65_HS1-834228961_62-HQ-83894_Section_10
Agency: FBI
Page 35
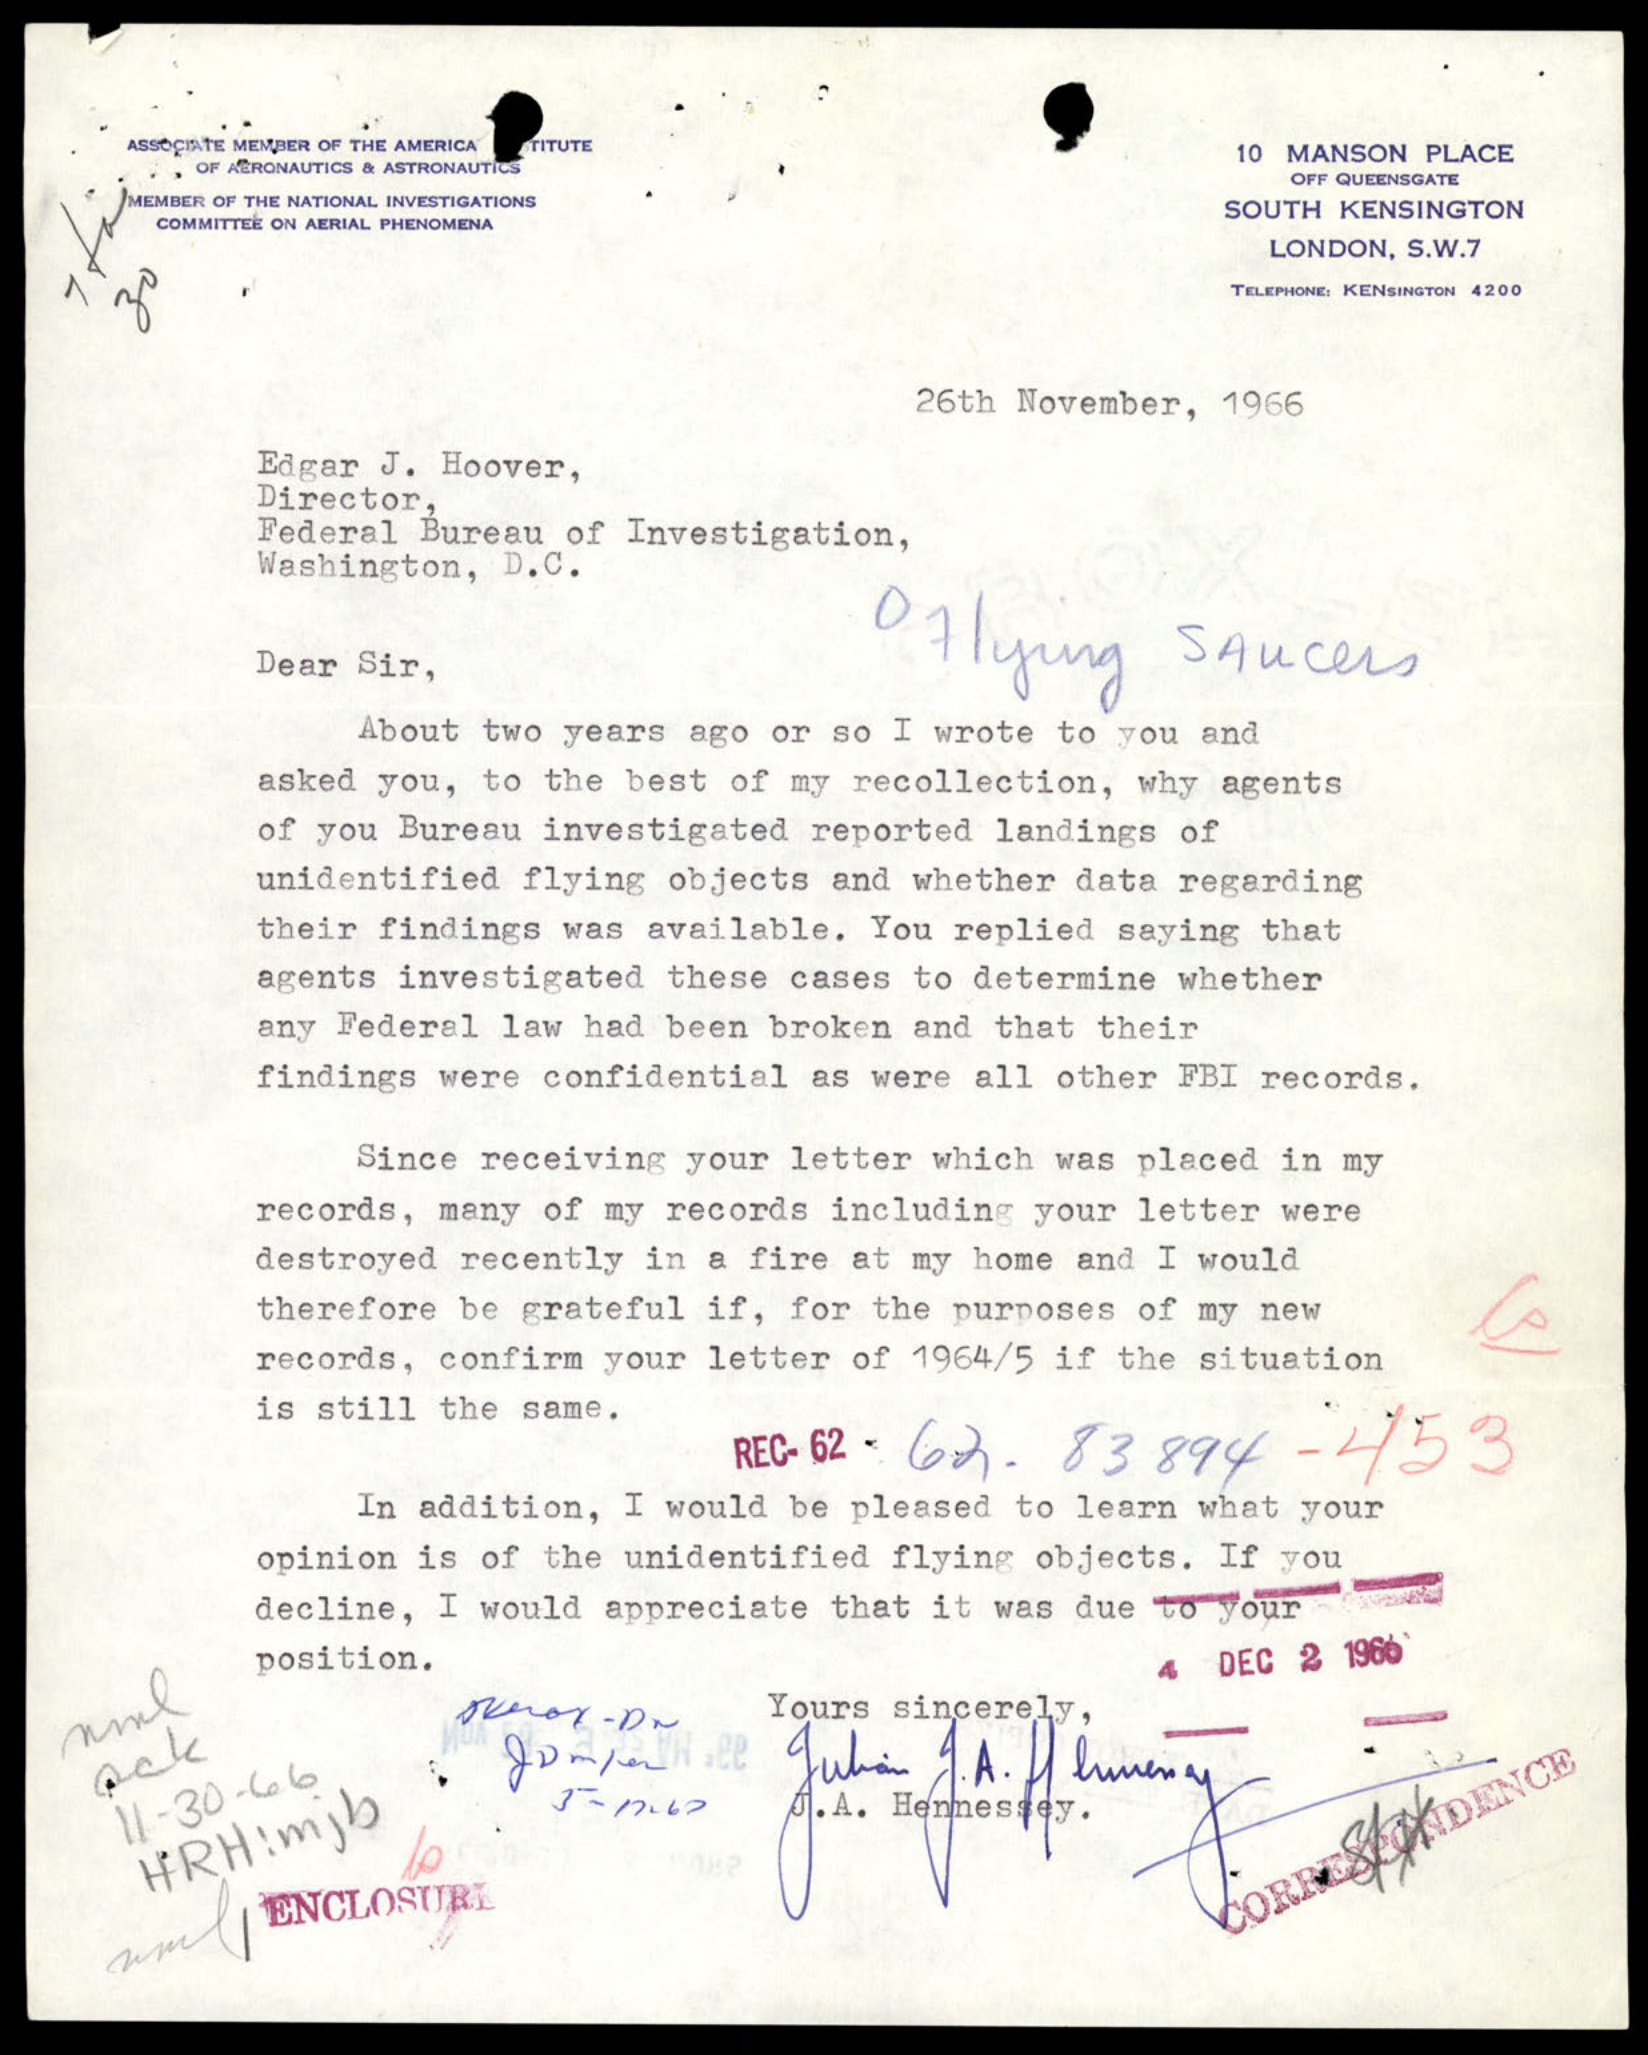